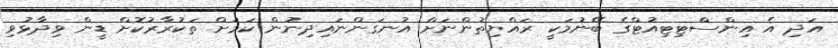
އަދި އެ އިންސްޓިޓިއުޓްގެ ބޭނުމަކީ ރައްޔިތުންނަށް އުނގަންނައިދިނުން ކަމަށް ތަކުރާރުކޮށް ޑީން ވިދާޅުވި